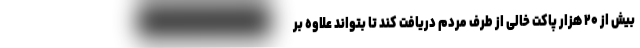
بیش از ۲۰ هزار پاکت خالی از طرف مردم دریافت کند تا بتواند علاوه بر